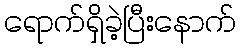
ရောက်ရှိခဲ့ပြီးနောက်